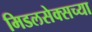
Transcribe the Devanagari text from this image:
मिडलसेक्सच्या